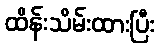
ထိန်းသိမ်းထားပြီး